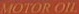
MOTOR-OIL